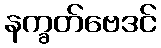
နက္ခတ်ဗေဒင်